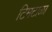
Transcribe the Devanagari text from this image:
टिमटाळा